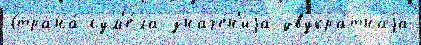
Страна́ сум'е́ла значе́н'иjа двукра́тнаjа